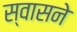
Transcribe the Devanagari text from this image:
स्वासने